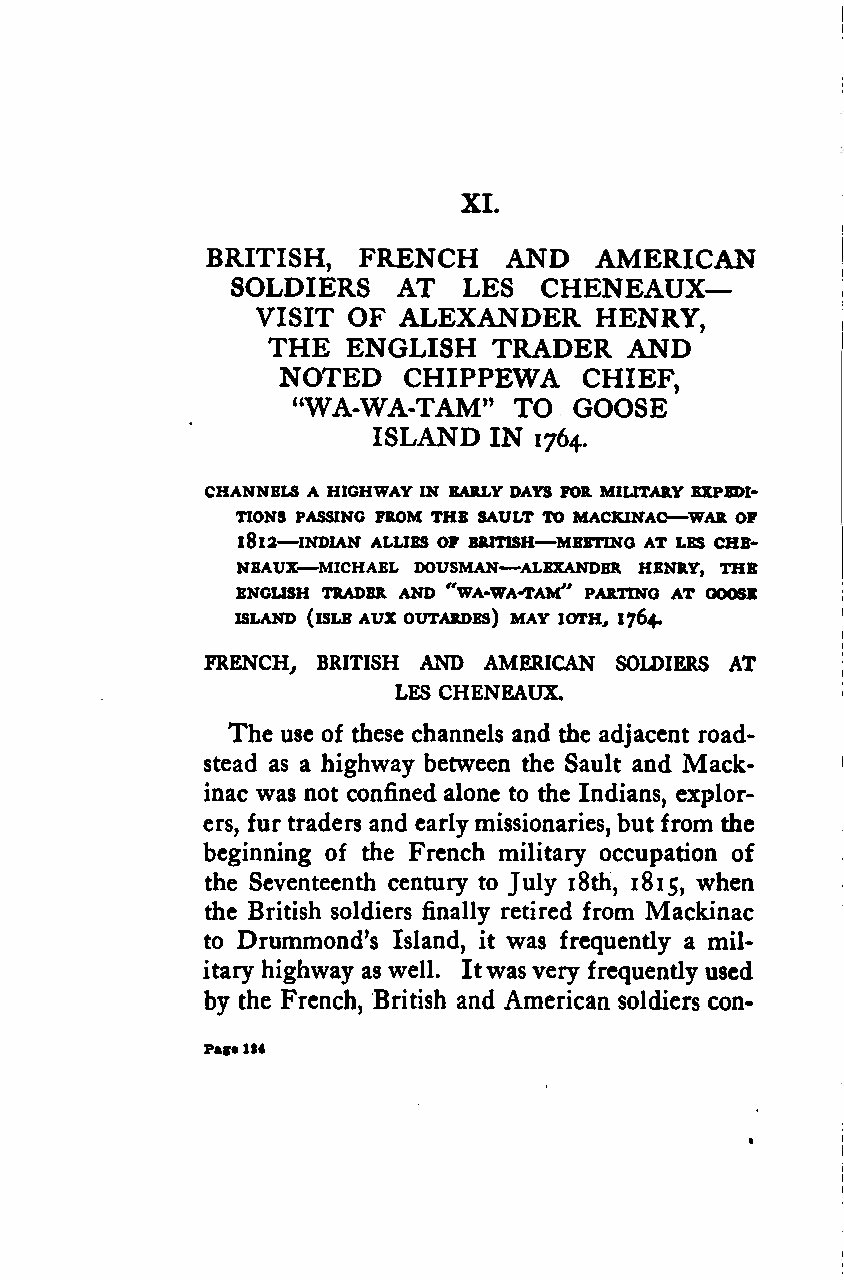
XI.
 BRITISH,  FRENCH   AND   AMERICAN
 SOLDIERS   AT   LES  CHENEAUX—
 VISIT OF ALEXANDER    HENRY,
 THE  ENGLISH   TRADER  AND
 NOTED    CHIPPEWA    CHIEF,
 "WA-WA-TAM"    TO  GOOSE
 ISLAND IN
 1764.
 CHANNELS A HIGHWAY IN EARLY DAYS FOR MILITARY EXPEDI-
 —
 TIONS PASSING FROM THE SAULT TO MACKINAC WAR OF
 —                —
 l8l2 INDIAN ALLIES OF BRITISH MEETING AT LES CHE-
 —
 NEAUX—MICHAEL DOUSMAN ALEXANDER HENRY, THE
 ENGLISH TRADER AND "WA-WA-TAM" PARTING AT GOOSE
 ISLAND (ISLE AUX OUTARDBS) MAY IOTH, 1764.
 FRENCH, BRITISH AND AMERICAN SOLDIERS AT
 LES CHENEAUX.
 The use of these channels and the adjacent road-
 stead as a highway between the Sault and Mack-
 inac was not confined alone to the Indians, explor-
 ers, fur traders and earlymissionaries, but from the
 beginning of the French military occupation of
 the Seventeenth century to July 18th, 1815, when
 the British soldiers finally retired from Mackinac
 to Drummond's Island, it was frequently a mil-
 itary highway as well. Itwasvery frequently used
 by the French, British and American soldiers con-
 Pag«124
 Google
 Digitizedby